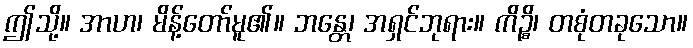
ဤသို့။ အာဟ၊ မိန့်တော်မူ၏။ ဘန္တေ၊ အရှင်ဘုရား။ ကိဉ္စိ၊ တစုံတခုသော။